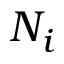
N _ { i }